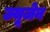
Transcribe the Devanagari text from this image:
ज्यूजेन